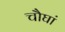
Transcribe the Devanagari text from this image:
चौघां